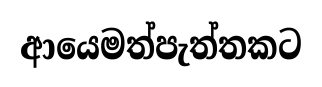
ආයෙමත්පැත්තකට